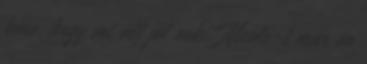
kéne, hogy mi áll jól neki. Nicole-t már én